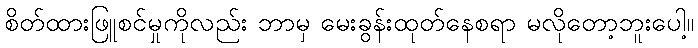
စိတ်ထားဖြူစင်မှုကိုလည်း ဘာမှ မေးခွန်းထုတ်နေစရာ မလိုတော့ဘူးပေါ့။